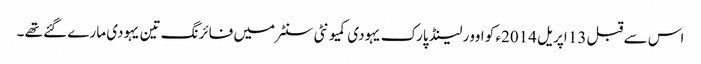
اس سے قبل 13 اپریل 2014ء کو اوور لینڈ پارک یہودی کمیونٹی سنٹر میں فائرنگ تین یہودی مارے گئے تھے ۔